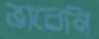
ভাবেনি